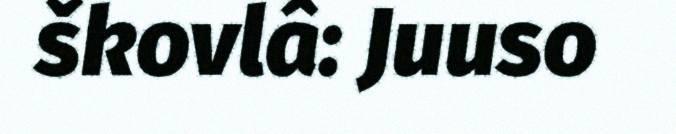
škovlâ: Juuso